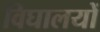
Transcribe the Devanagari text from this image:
विघालयों